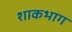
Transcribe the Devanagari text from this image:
शाकभाग